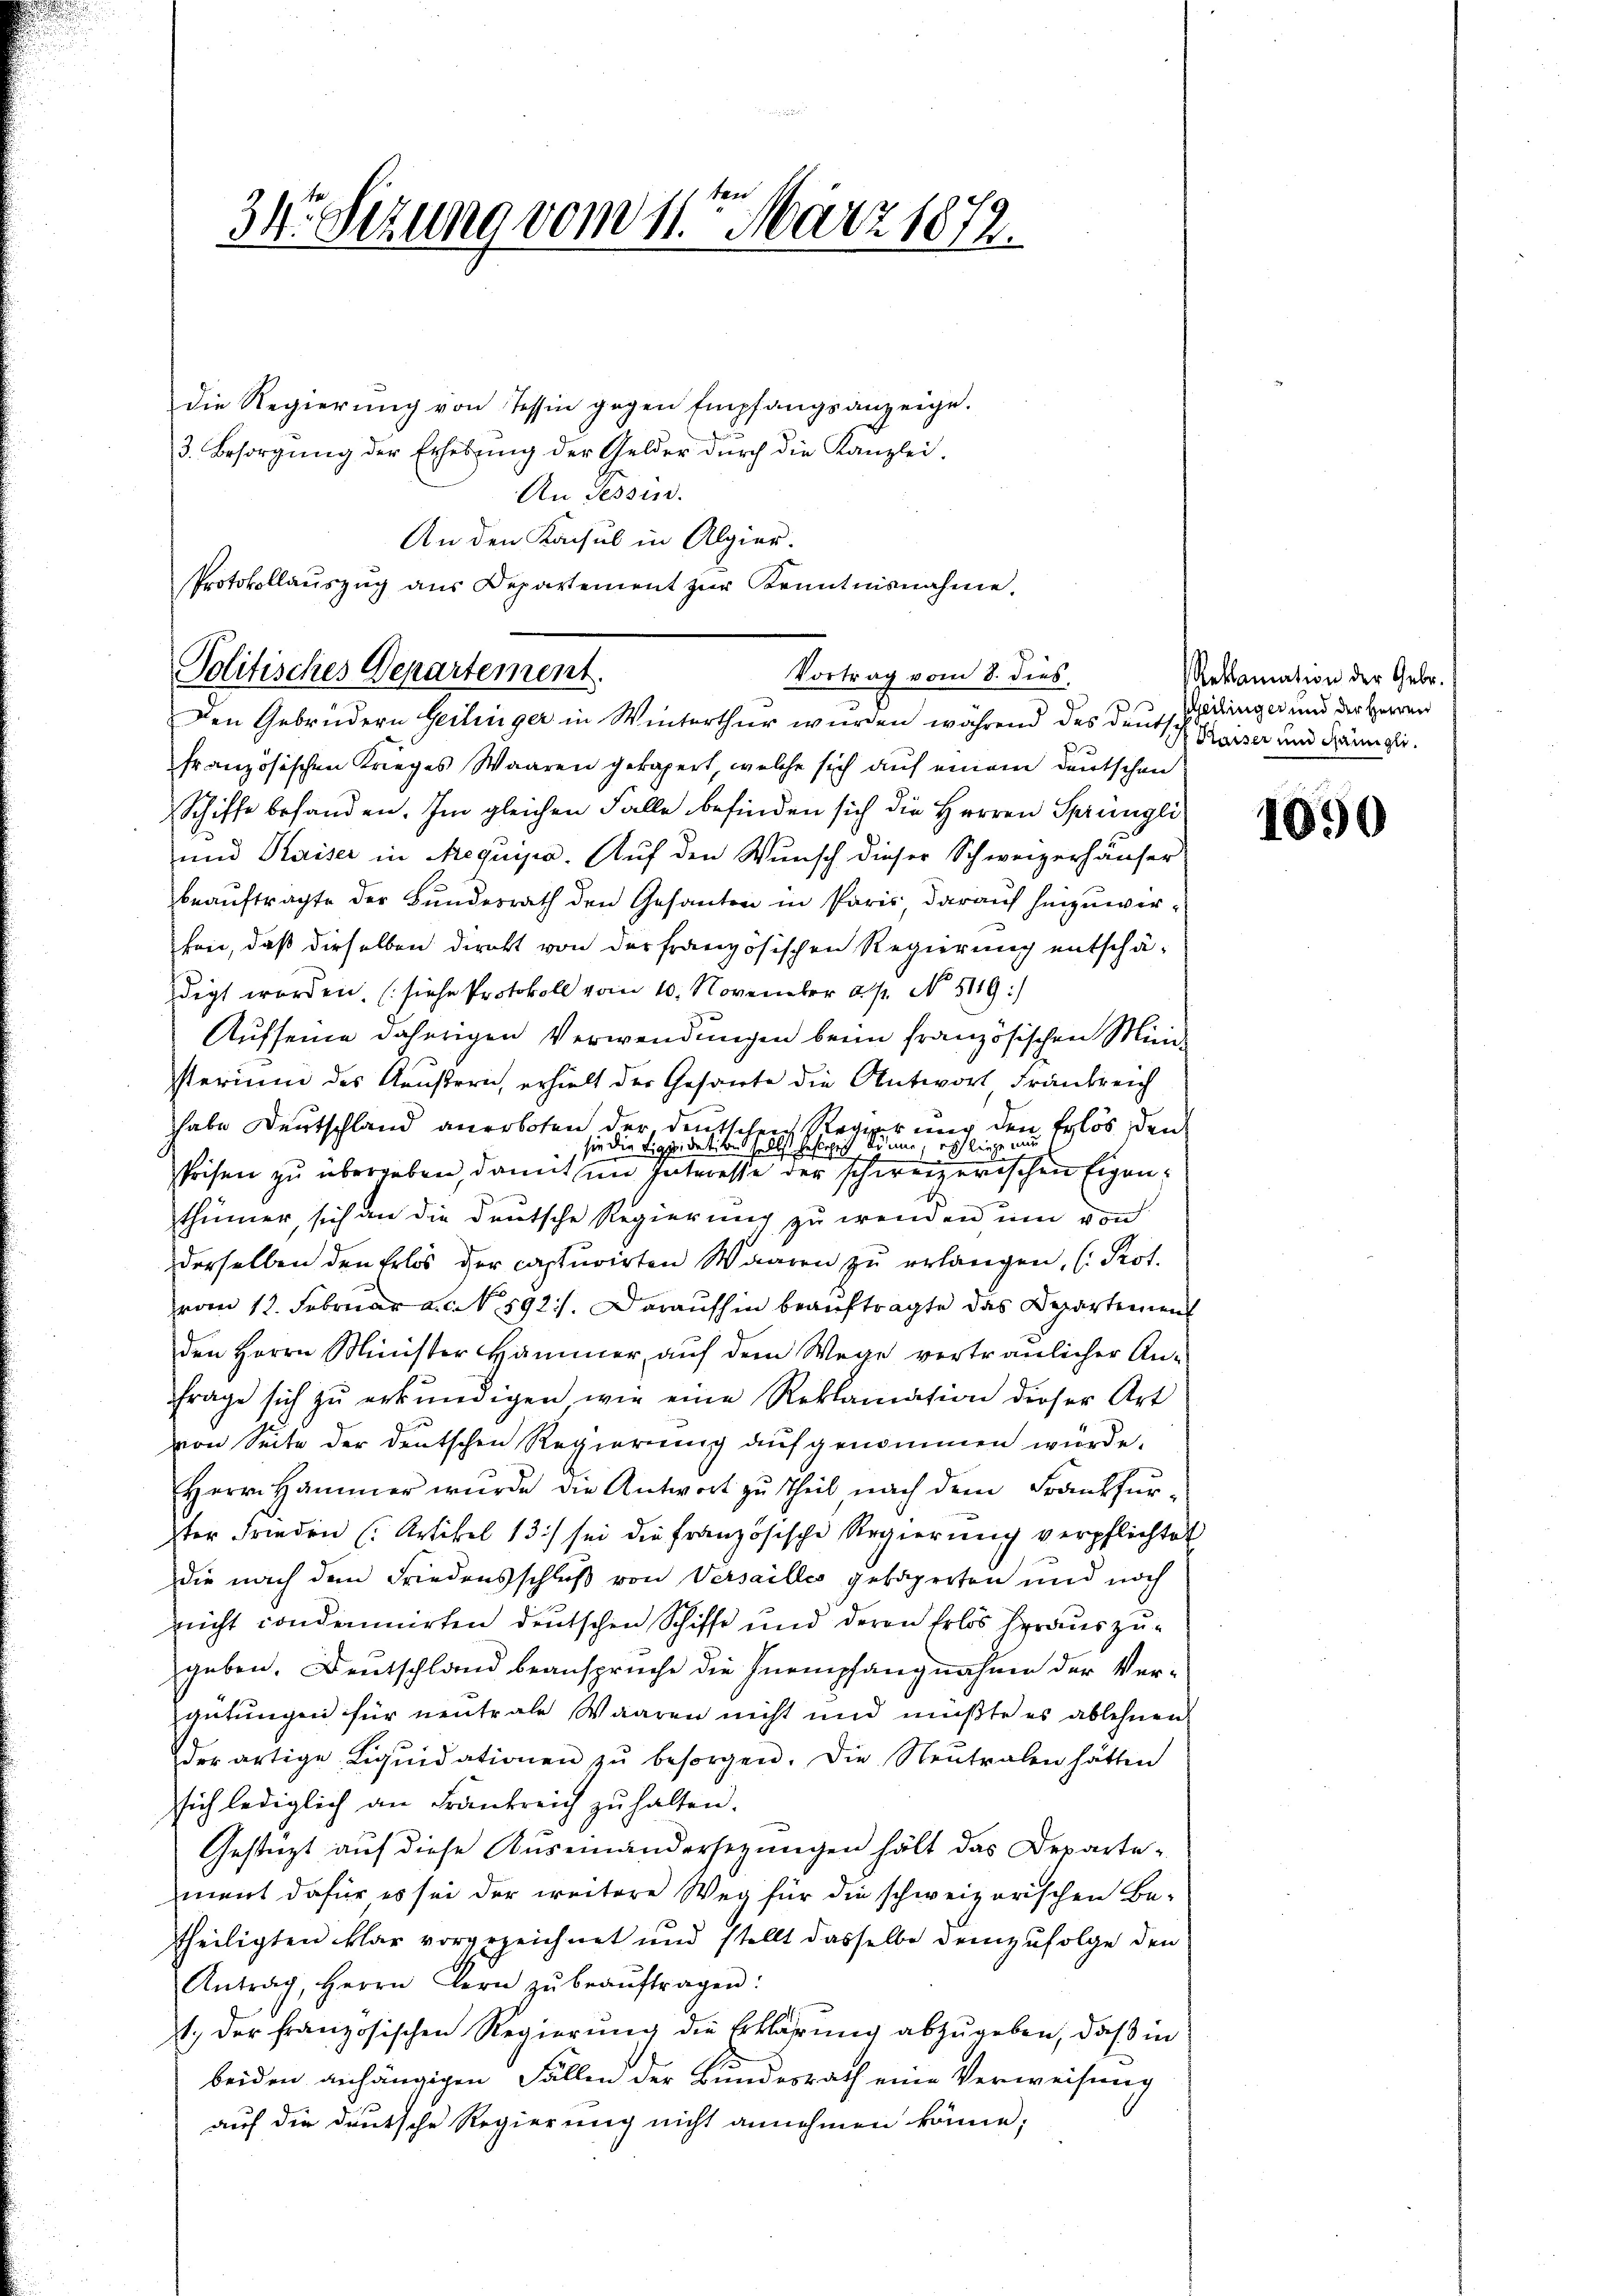
34 Sizung vom 11. März 1872.

die Regierung von Tessin gegen Empfangsanzeige.
3. Besorgung der Erhebung der Gelder durch die Kanzlei-
An Tessin.
An den Konsul in Algier.
Protokollaŭszŭg aŭs Departement zŭr Kenntnisnahme.

Politisches Departement.
Vortrag vom 8. dies

Den Gebrüdern Geilinger in Winterthur wurden während des deute Gedinger und der Herren
französischen Krieges Waaren gekapert, welche sich auf einem deutschen
Schiffe behanden. Im gleichen Falle befinden sich die Herren Sprüngli
und Kaiser in Aequipa. Auf den Wunsch dieser Schweizerhäuser
beauftragte der Bundesrath den Gesanten in Paris, darauf hinzuwirken, daß dieselben direkt von der französischen Regierung entschädigt worden. (siehe Protokoll vom 10. November a. p. No. 5119)
Aufseine daherigen Verwendungen beim französischen Ministerium des Aeußern, erhielt der Gesante die Antwort Frankreich
hhabe Deutschland anerboten der, deutschen Regier nur den Erlös den
Ich liege nur
sie die Liquidation Schelbst herrlich könne
Prisen zu übergeben, damit im Interesse der schweizerischen Eigenthümer, sich an die deutsche Regierung zu wenden um von
derselben den Erlös der capsurirten Waaren zu erlangen, (Prot.
vom 12. Februar an N. 592). Daraufhin beauftragte das Departement
den Herrn Minister Hammer, auf dem Wege vertraulicher An-
frage sich zŭ erkŭndigen wie eine Reklamation dieser Art
von Seite der deutschen Regierung aufgenommen würde.
Herrn Hammer wurde die Antwort zu Theil nach dem Frankfurster Frieden (Artikel 13) sei die französische Regierung verpflichtet
die nach dem Friedensschluß von Versailles gebigerten und noch
nicht condominirten deutschen Schiffe und deren Erlös herauszugeben. Deutschland beansprüche die Inempfangnahme der Vergütungen für neutrale Waaren nicht und müßte es ablehnen
der artige Liqŭidationen zŭ besorgen. Die Neutralen hätten
sich lediglich an Frankreich zu halten.
Gestüzt auf diese Auseinandersezungen hält das Departement dafür es sei der weitere Weg für die schweizerischen Be-
theiligten klar vorgezeichnet und stellt dasselbe demzufolge den
Antrag, Herrn Kern zŭ beaŭftragen:
1., der französischen Regierung die Erklärung abzugeben, daß in
beiden anhängigen Fällen der Bundesrath eine Verweisung
auf die deutsche Regierung nicht annehmen könne;

Reklamation der Gebr.
 Kaiser und Hamigli.

1090